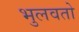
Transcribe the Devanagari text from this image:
भुलवतो